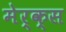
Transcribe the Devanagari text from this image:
मेर्क्स